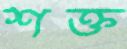
শক্ত